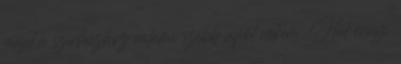
majd a színházhoz valami szebb cipőt nekem. Hát ennyi